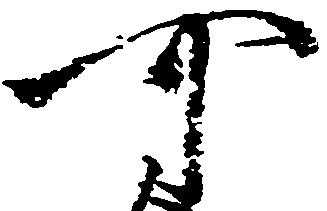
可